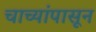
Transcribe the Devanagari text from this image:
चाच्यांपासून